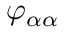
\varphi _ { \alpha \alpha }